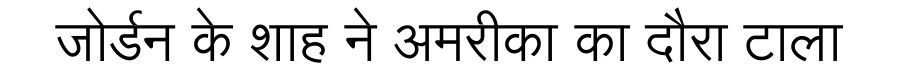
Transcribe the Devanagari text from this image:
जोर्डन के शाह ने अमरीका का दौरा टाला